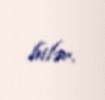
bilər.